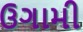
ઉગામી